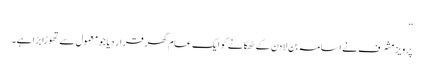
‘‘
پرویز مشرف نے اسامہ بن لادن کے ٹھکانے کو ایک عام گھر قرار دیا جو معمول سے تھوڑا بڑا ہے۔